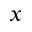
x